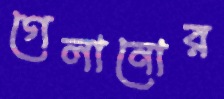
গেলানোর